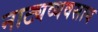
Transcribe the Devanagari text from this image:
नाट्यव्यवसाय